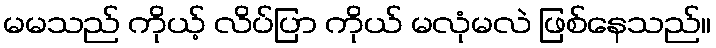
မမသည် ကိုယ့် လိပ်ပြာ ကိုယ် မလုံမလဲ ဖြစ်နေသည်။